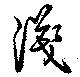
淺